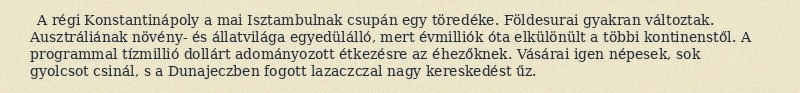
A régi Konstantinápoly a mai Isztambulnak csupán egy töredéke. Földesurai gyakran változtak. Ausztráliának növény- és állatvilága egyedülálló, mert évmilliók óta elkülönült a többi kontinenstől. A programmal tízmillió dollárt adományozott étkezésre az éhezőknek. Vásárai igen népesek, sok gyolcsot csinál, s a Dunajeczben fogott lazaczczal nagy kereskedést űz.